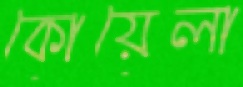
কোয়েলা